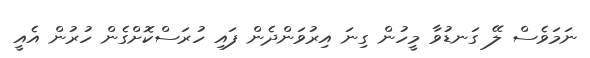
ނަމަވެސް ލޭ ގަނޑުވާ މީހުން ގިނަ އިރުވަންދެން ފައި ހުރަސްކޮށްގެން ހުރުން އެއީ